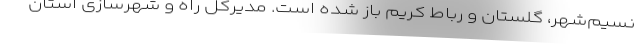
نسیم‌شهر، گلستان و رباط کریم باز شده است. مدیرکل راه و شهرسازی استان